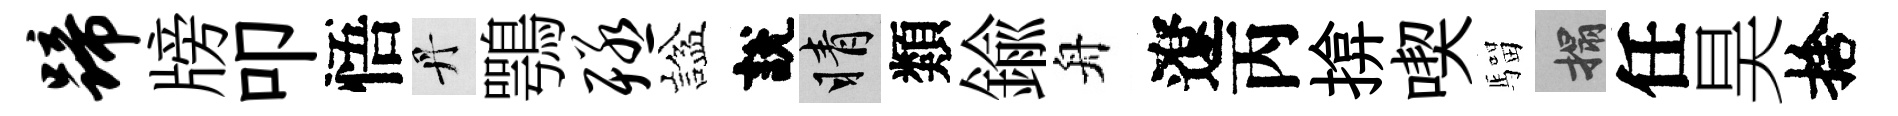
蹄牓叩悟丹鶚殛諡說睛類鍮舟遼丙揜喫騮搨任昊捨